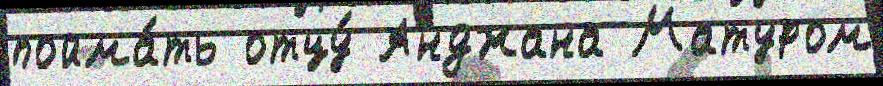
пойма́ть отцу́ Анджана Матуром